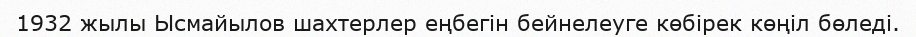
1932 жылы Ысмайылов шахтерлер еңбегін бейнелеуге көбірек көңіл бөледі.